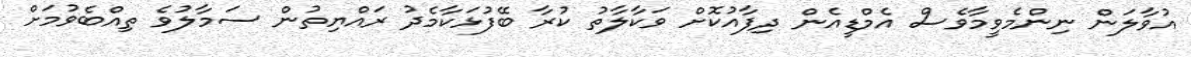
އުވާލަން ނިންމެވީމާވެސް އެމްޑީއެން ދިފާއުކޮށް ވަކާލާތު ކުރާ ބޭފުޅަކާމެދު ރައްޔިތުން ސަމާލުވެ ތިއްބެވުމަށް